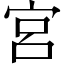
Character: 宮